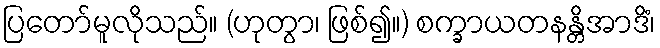
ပြတော်မူလိုသည်။ (ဟုတွာ၊ ဖြစ်၍။) စက္ခာယတနန္တိအာဒိံ၊